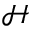
\mathcal { H }